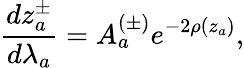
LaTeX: \frac{dz_{a}^{\pm}}{d\lambda_{a}}=A_{a}^{(\pm)}e^{-2\rho(z_{a})},